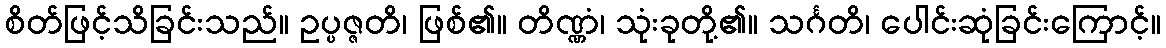
စိတ်ဖြင့်သိခြင်းသည်။ ဥပ္ပဇ္ဇတိ၊ ဖြစ်၏။ တိဏ္ဏံ၊ သုံးခုတို့၏။ သင်္ဂတိ၊ ပေါင်းဆုံခြင်းကြောင့်။